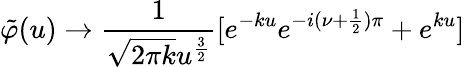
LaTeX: \tilde{\varphi}(u)\rightarrow\frac{1}{\sqrt{2\pi k}u^{\frac{3}{2}}}[e^{-ku}e^{-i(\nu+\frac{1}{2})\pi}+e^{ku}]